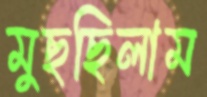
মুছছিলাম